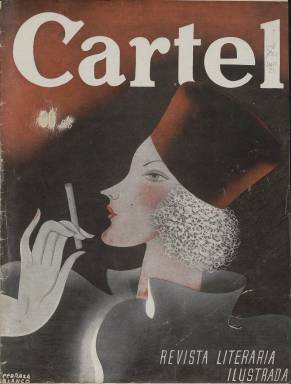
Título: Cartel (Madrid. 1935)
Colección: Revistas de información general
Ámbito geográfico: Madrid
Lugar de publicación: Madrid
Fechas: 07/04/1935-07/04/1935

Subtitulada Revista Literaria Ilustrada, esta publicación lujosamente editada no parece que gozara de mucho éxito. Apareció el 7 abril de 1935 con periodicidad semanal y se prolongó durante al menos nueve números, no muchos más. La Biblioteca Nacional de España solo posee de esta publicación el primer número.

  La revista debe su título al estilo de sus portadas o cubiertas, semejantes al arte del cartel. Así, en el número que posee la BNE vemos el espléndido dibujo de una mujer con un cigarrillo en la mano obra del ilustrador Juan José Pedraza Blanco, autor de otras portadas de la publicación.

    Pedraza Blanco fue un renombrado cartelista de la causa republicana durante la Guerra Civil. Perteneció a la junta directiva de la Unión de Dibujantes Españoles y participó en exposiciones como un certamen celebrado en Nueva York en 1927 o el Salón de Humoristas que tuvo lugar en el Círculo de Bellas Artes en 1935.

   La revista tenía unas 40 páginas, algunas en color, y contaba con renombrados colaboradores. Solo en el primer número se pueden ver las firmas del dramaturgo y Premio Nobel Jacinto Benavente, el conde de Romanones, Wenceslao Fernández Flórez, Alberto Insúa y Emilio Carrere, entre otros.

   Los temas tratados en la revista eran muy variados: teatro, cine, pintura, moda, sin que faltara la política. El artículo de Fernández Flórez va acompañado de los retratos dibujados de dos hombres políticos del momento, el presidente del Gobierno Alejandro Lerroux y el líder de la CEDA, Gil Robles.

  Respondiendo a su subtítulo de revista literaria, también se pueden encontrar en la publicación cuentos y relatos, y hasta una página tomada del mundo de los tebeos con sus protagonistas ‘Monchita y Tonín, muchachos de ahora’.

   El director de la publicación fue el malagueño Francisco Verdugo Landi, periodista de amplia trayectoria. Había comenzado su carrera en Madrid en el periódico republicano El País para pasar luego a la revista Nuevo Mundo, de donde salió para fundar Mundo Gráfico y más tarde La Esfera, publicación que dirigió hasta 1931. Antes del inicio de la Guerra Civil comenzó a trabajar en el diario ABC, donde estaría hasta poco antes de su muerte en 1959.

[Descripción publicada el 16/8/2022]